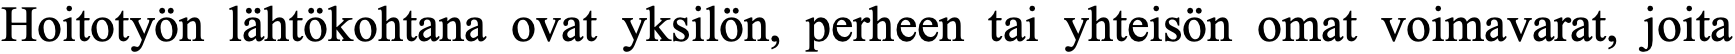
Hoitotyön lähtökohtana ovat yksilön, perheen tai yhteisön omat voimavarat, joita